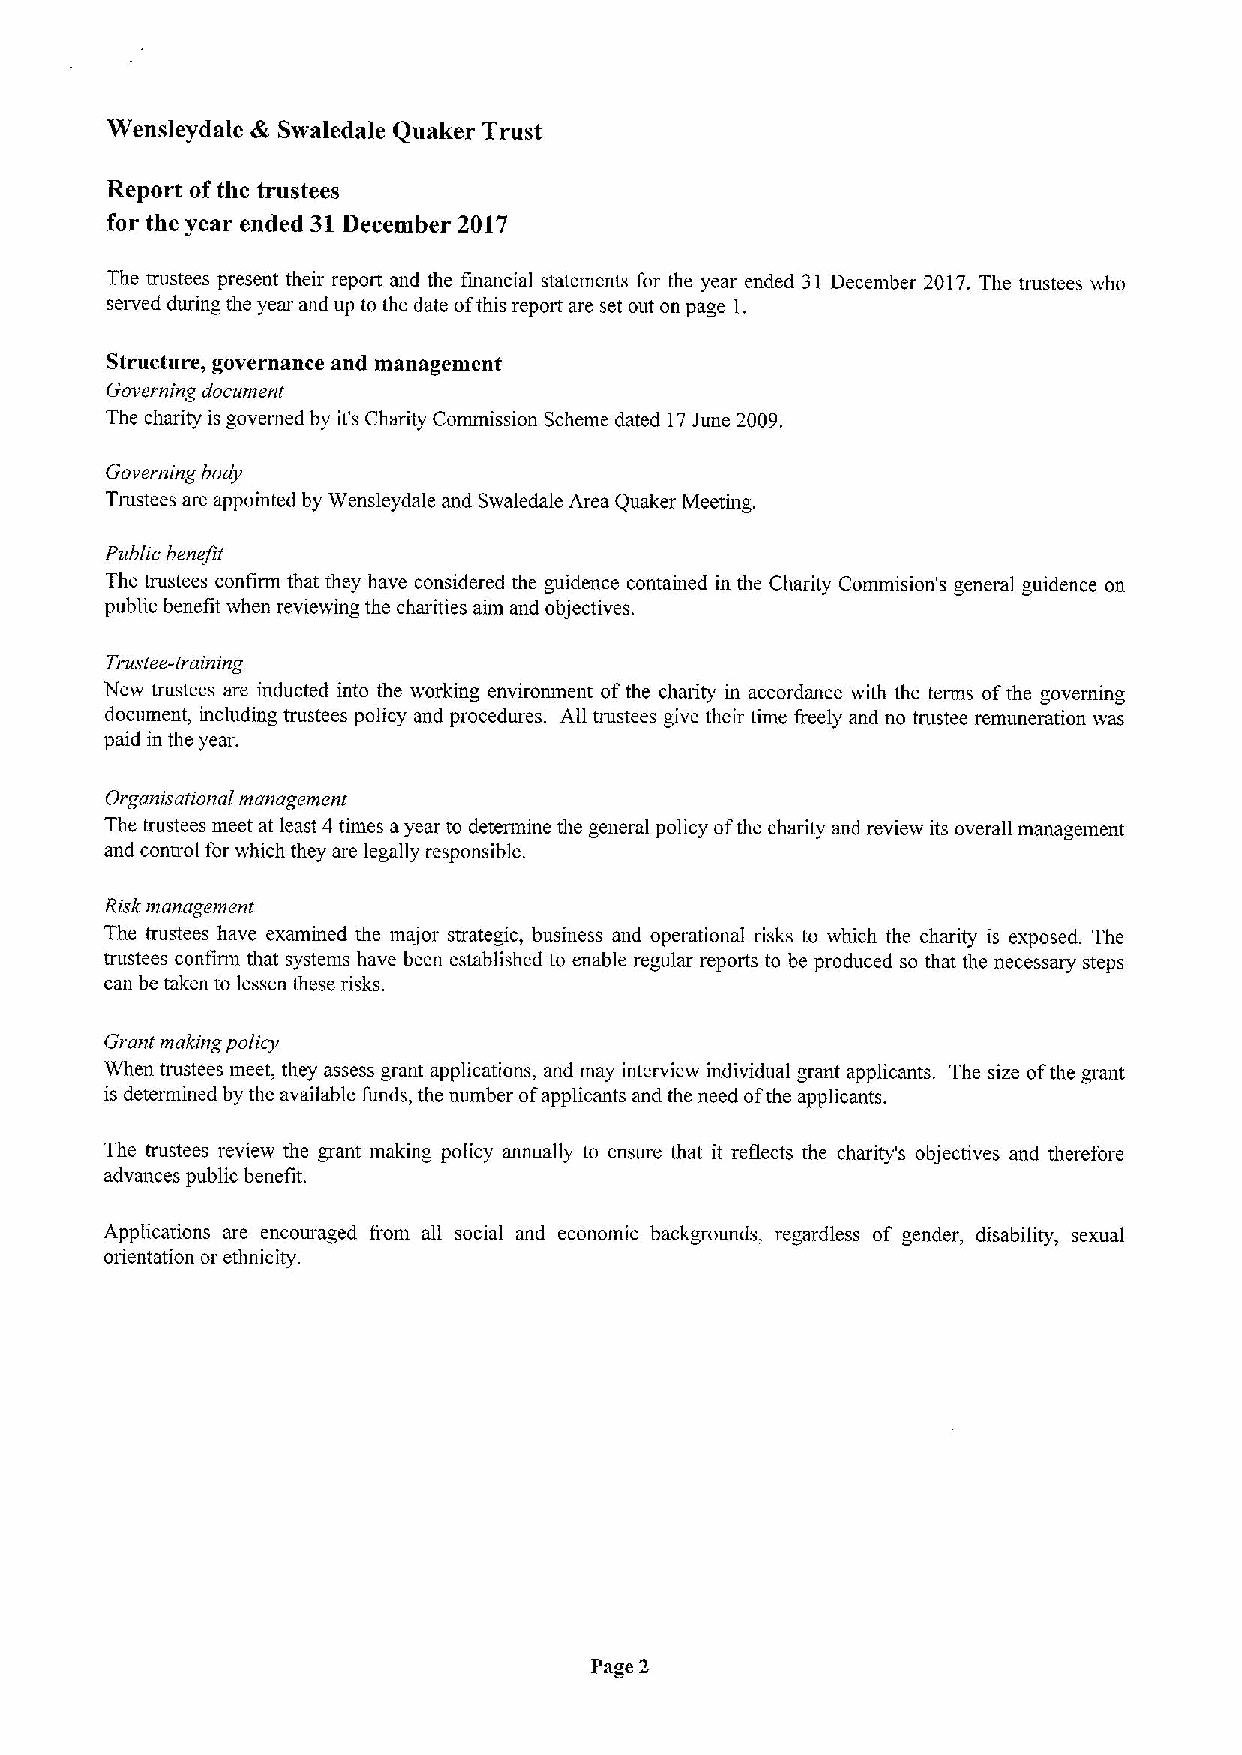
Wensleydale die Srvaledale Quaker Trust
 Report ofthe trustees
 for the year ended 31December 2017
 The trustees present their report and the financial statements for the year ended 31 December 2017.The trustees who
 served during the year and up to the date ofthis report are set out on page 1.
 Structure, governance and management
 Governing document
 The charity is governed by it's Charity Commission Scheme dated 17June 2009.
 Governing body
 Trustees are appointed by Wensleydale and Swaledale Area Qual&er Meeting.
 Public benefit
 The trustees confirm that they have considered the guidence contained in the Charity Commision's general guidence on
 public benefit when reviewing the charities aim and objectives.
 Trustee-training
 New trustees are inducted into the working environment ofthe charity in accordance with the terms ofthe governing
 document, including trustees policy and procedures. All trustees give their time freely and no trustee remuneration ivas
 paid in the year.
 Organisational management
 The trustees meet at least 4 times ayear to determine the general policy ofthe charity and review its overall management
 and control for which they are legally responsible.
 Risk management
 The trustees have examined the major strategic, business and operational risks to which the charity is exposed. The
 trustees confirm that systems have been established to enable regular reports to be produced so that the necessary steps
 can be taken to lessen these risks.
 Grant making policy
 When trustees meet, they assess grant applications, and may interview individual grant applicants. The size ofthe grant
 is determined by the available funds, the number ofapplicants and the need ofthe applicants.
 The trustees review the grant making policy annually to ensure that it reflects the charity's objectives and therefore
 advances public benefit.
 Applications are encouraged from all social and economic backgrounds, regardless of gender, disability, sexual
 orientation or ethnicity.
 Page 2